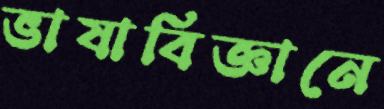
ভাষাবিজ্ঞানে